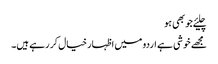
چلیئے جو بھی ہو
مجھے خوشی ہے اردو میں اظہار خیال کر رہے ہیں۔